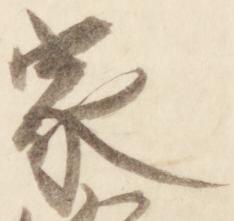
家